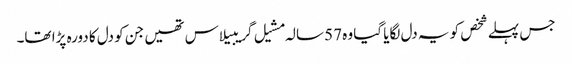
جس پہلے شخص کو یہ دل لگایا گیا وہ 57 سالہ مشیل گریبیلاس تھیں جن کو دل کا دورہ پڑا تھا۔